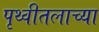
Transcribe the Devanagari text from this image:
पृथ्वीतलाच्या